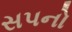
સપનો